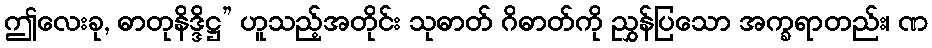
ဤလေးခု, ဓာတုနိဒ္ဒိဋ္ဌ” ဟူသည့်အတိုင်း သုဓာတ် ဂိဓာတ်ကို ညွှန်ပြသော အက္ခရာတည်း၊ ဏ